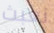
نعبث